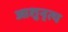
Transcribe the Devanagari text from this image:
आशुनृत्य